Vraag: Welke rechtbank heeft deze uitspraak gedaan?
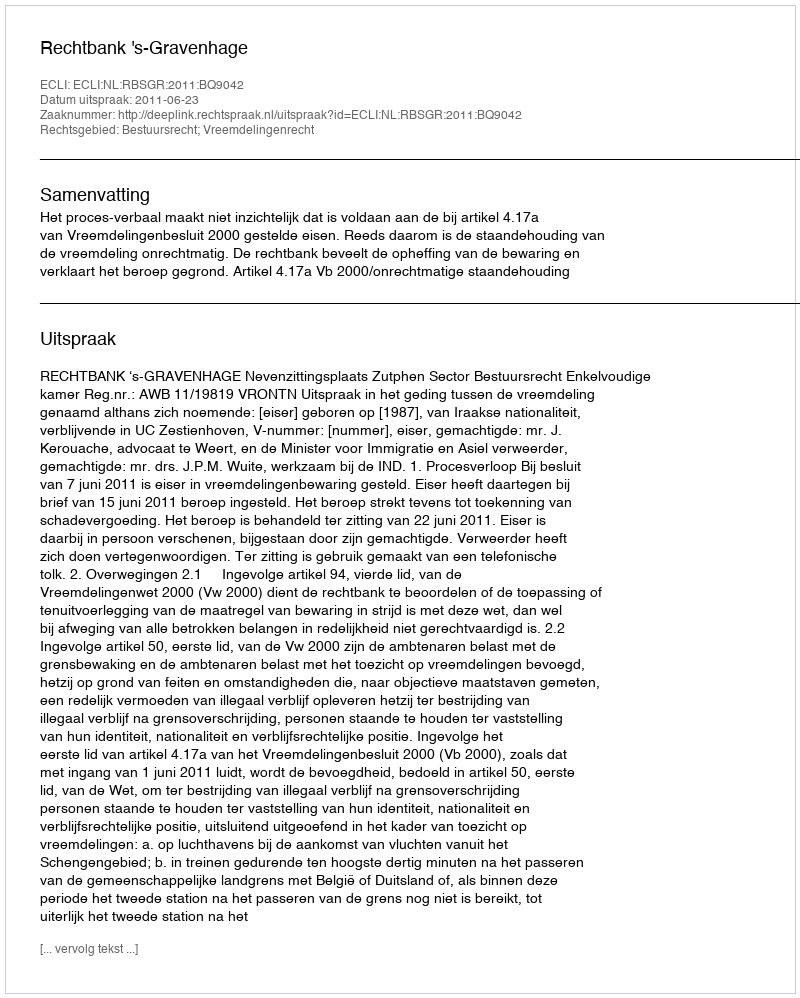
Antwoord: Rechtbank 's-Gravenhage